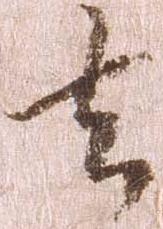
去